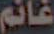
غانم